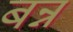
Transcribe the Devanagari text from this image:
बन्न